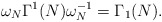
\begin{align*}\omega_N\Gamma^1(N)\omega_N^{-1}=\Gamma_1(N).\end{align*}